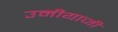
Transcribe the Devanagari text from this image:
उमीयाजी